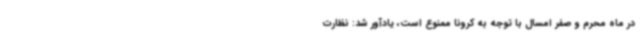
در ماه محرم و صفر امسال با توجه به کرونا ممنوع است، یادآور شد: نظارت